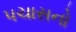
પચાસનો